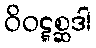
ဝိဝဋ္ဋစ္ဆဒါ